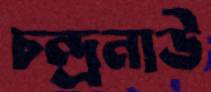
চন্দ্রনাউ